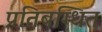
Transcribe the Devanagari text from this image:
प्रतिबम्धित